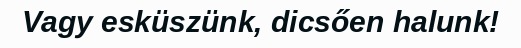
Vagy esküszünk, dicsően halunk!